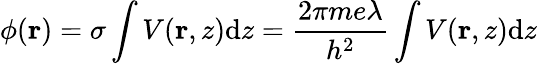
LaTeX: \phi(\mathbf{r})=\sigma\int V(\mathbf{r},z)\mathrm{d}z=\frac{2\pi me\lambda}{h^{2}}\int V(\mathbf{r},z)\mathrm{d}z